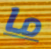
ما